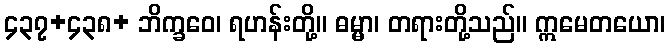
၄၃၇+၄၃၈+ ဘိက္ခဝေ၊ ရဟန်းတို့။ ဓမ္မာ၊ တရားတို့သည်။ ဣမေတယော၊